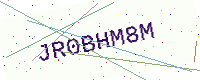
Text: JR0BHM8M